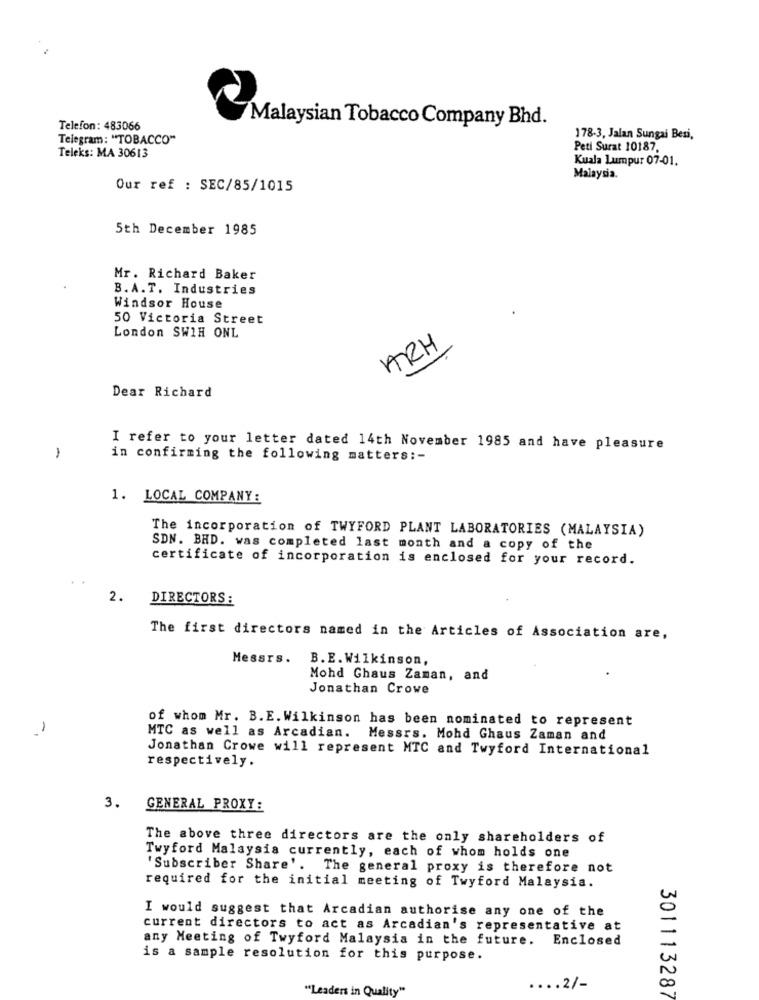
Malaysian Tobacco Company Bhd.
Telefon: 483066
Telegram: "TOBACCO"
178-3, Jalan Sungai Besi,
Peti Surat 10187.
Teleks: MA 30613
Kuala Lumpur 07-01.
Malaysia.
Our ref : SEC/85/1015
5th December 1985
Mr. Richard Baker
B. A.T. Industries
Windsor House
50 Victoria Street
London SWIH ONL
ARH
Dear Richard
I refer to your letter dated 14th November 1985 and have pleasure
,
in confirming the following matters :-
1. LOCAL COMPANY:
The incorporation of TWYFORD PLANT LABORATORIES (MALAYSIA)
SDN. BHD. was completed last month and a copy of the
certificate of incorporation is enclosed for your record.
2.
DIRECTORS:
The first directors named in the Articles of Association are,
Messrs.
B. E. Wilkinson,
Mohd Ghaus Zaman, and
Jonathan Crowe
of whom Mr. B. E. Wilkinson has been nominated to represent
1
MTC as well as Arcadian.
Messrs. Mohd Ghaus Zaman and
Jonathan Crowe will represent MTC and Twyford International
respectively.
3.
GENERAL PROXY:
The above three directors are the only shareholders of
Twyford Malaysia currently, each of whom holds one
'Subscriber Share'. The general proxy is therefore not
required for the initial meeting of Twyford Malaysia.
I would suggest that Arcadian authorise any one of the
0
current directors to act as Arcadian's representative at
any Meeting of Twyford Malaysia in the future. Enclosed
is a sample resolution for this purpose.
"Leaders in Quality"
.... 2/-
00
301113287